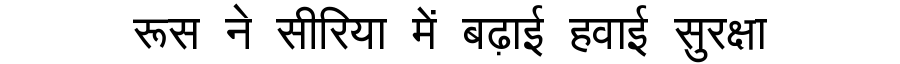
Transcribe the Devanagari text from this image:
रूस ने सीरिया में बढ़ाई हवाई सुरक्षा